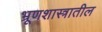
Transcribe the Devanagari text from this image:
भ्रूणशास्त्रातील